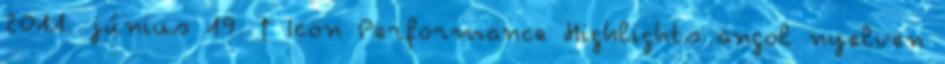
2011. június 19. ↑ Icon Performance Highlights angol nyelven